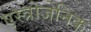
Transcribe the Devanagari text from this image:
एस्त्रोजेनिक